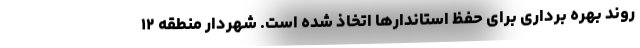
روند بهره برداری برای حفظ استاندارها اتخاذ شده است. شهردار منطقه ۱۲